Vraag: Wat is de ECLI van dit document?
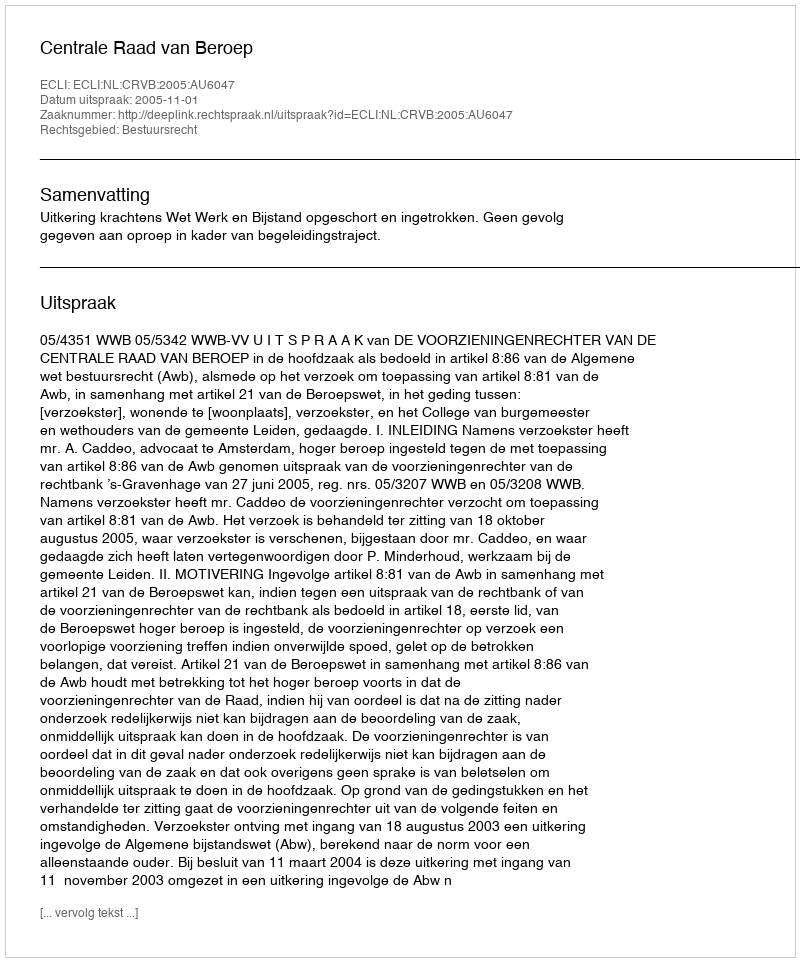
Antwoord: ECLI:NL:CRVB:2005:AU6047